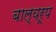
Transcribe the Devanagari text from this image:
बाल्यरूप